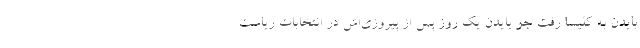
بایدن به کلیسا رفت جو بایدن یک روز پس از پیروزی‌اش در انتخابات ریاست